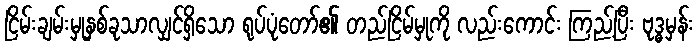
ငြိမ်းချမ်းမှုနှစ်ခုသာလျှင်ရှိသော ရုပ်ပုံတော်၏ တည်ငြိမ်မှုကို လည်းကောင်း ကြည့်ပြီး ဗုဒ္ဓမှန်း